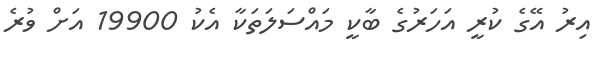
އިރު އޭގެ ކުރީ އަހަރުގެ ބާކީ މައްސަލަތަކާ އެކު 19900 އަށް ވުރެ